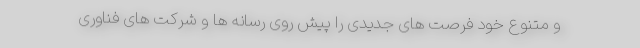
و متنوع خود فرصت های جدیدی را پیش روی رسانه ها و شرکت های فناوری